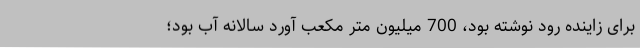
برای زاینده رود نوشته بود، 700 میلیون متر مکعب آورد سالانه آب بود؛